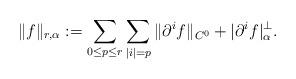
LaTeX: \begin{align*} \|f\|_{r,\alpha}:= \sum_{0\leq p \leq r}\sum_{|i|=p} \|\partial^if\|_{C^0}+|\partial^i f|^\perp_\alpha. \end{align*}